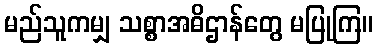
မည်သူကမျှ သစ္စာအဓိဌာန်တွေ မပြုကြ။